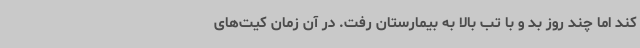
کند اما چند روز بد و با تب بالا به بیمارستان رفت. در آن زمان کیت‌های